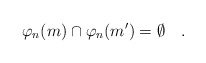
\begin{align*}\varphi_n(m)\cap \varphi_n(m') = \emptyset\quad. \end{align*}